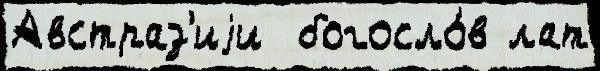
Австраз'иjи  богосло́в лат